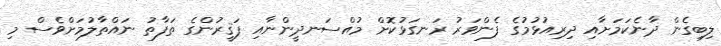
ލިބިގެން ދާނެކަމަށާއި ދިރިއުޅުމުގެ ފެންވަރު ރަނގަޅުކޮށް މުއްސަނދީންނާއި ފަޤީރުންގެ ތަފާތު ނައްތާލުމަށްވެސް މި